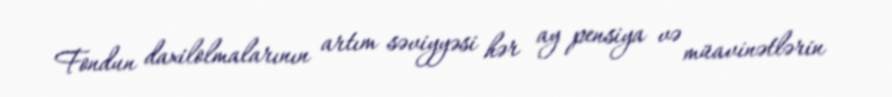
Fondun daxilolmalarının artım səviyyəsi hər ay pensiya və müavinətlərin